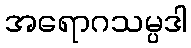
အရောဂသမ္ပဒါ